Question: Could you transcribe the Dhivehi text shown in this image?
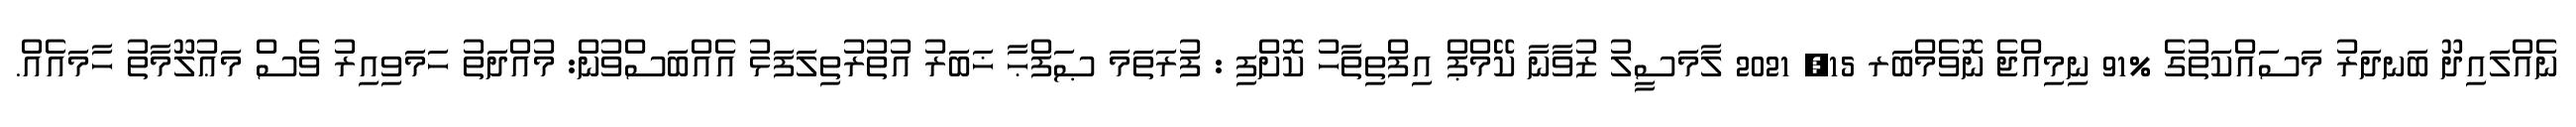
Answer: ނެއްލައިދޫ ބަނދަރު މަސައްކަތުގެ %91 ނިމިއްޖެ ނޮވެމްބަރ 15, 2021 ލާމަސީލު ޒުވާނާ ކޭމްޕް އިފްތިތާހު ކޮށްފި : ފުރަތަމަ ޞަފްޙާ ޚަބަރު އުތުރުތިލަފަޅު އެއްބަސްވުން: މުއްދަތު ހަމަވިއިރު ވެސް މަޢުލޫމާތު ހާމައެއް.